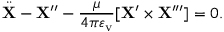
\ddot { { \bf X } } - { \bf X } ^ { \prime \prime } - { \frac { \mu } { 4 \pi \varepsilon _ { \mathrm { v } } } } [ { \bf X } ^ { \prime } \times { \bf X } ^ { \prime \prime \prime } ] = 0 .